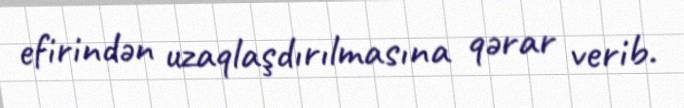
efirindən uzaqlaşdırılmasına qərar verib.